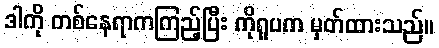
ဒါကို တစ်နေရာကကြည့်ပြီး ကိုရူပက မှတ်ထားသည်။